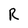
Character: R